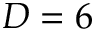
D = 6